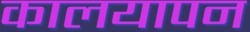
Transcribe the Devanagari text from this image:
कालयापन